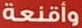
وأقنعة